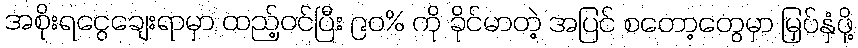
အစိုးရငွေချေးရာမှာ ထည့်ဝင်ပြီး ၉၀% ကို ခိုင်မာတဲ့ အပြင် စတော့တွေမှာ မြှပ်နှံဖို့